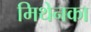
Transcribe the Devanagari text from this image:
मिथेनका